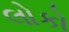
લોકો